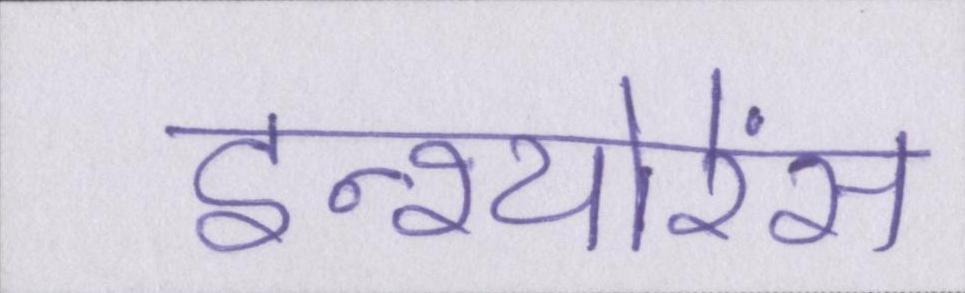
इन्श्योरेंस